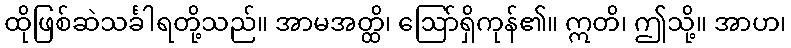
ထိုဖြစ်ဆဲသင်္ခါရတို့သည်။ အာမအတ္ထိ၊ ဩော်ရှိကုန်၏။ ဣတိ၊ ဤသို့။ အာဟ၊